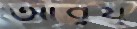
আবুয্